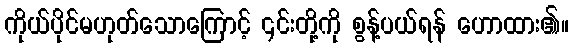
ကိုယ်ပိုင်မဟုတ်သောကြောင့် ၎င်းတို့ကို စွန့်ပယ်ရန် ဟောထား၏။